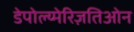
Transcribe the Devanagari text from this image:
डेपोल्य्मेरिज़तिओन